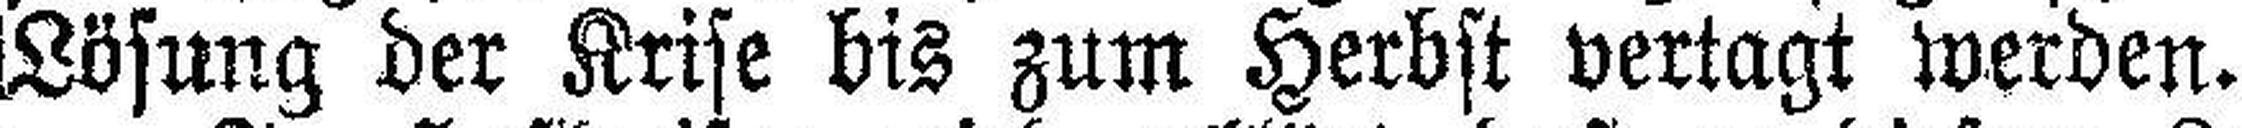
Lösung der Krise bis zum Herbst vertagt werden.